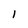
Character: I